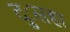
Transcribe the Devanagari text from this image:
दुःसहा